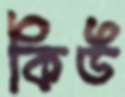
কিউ